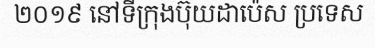
២០១៩ នៅទីក្រុងប៊ុយដាប៉េស ប្រទេស